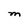
Character: M